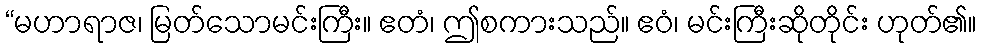
“မဟာရာဇ၊ မြတ်သောမင်းကြီး။ ဧတံ၊ ဤစကားသည်။ ဧဝံ၊ မင်းကြီးဆိုတိုင်း ဟုတ်၏။